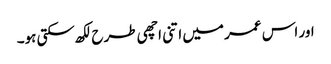
اور اس عمر میں اتنی اچھی طرح لکھ سکتی ہو۔